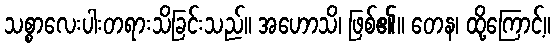
သစ္စာလေးပါးတရားသိခြင်းသည်။ အဟောသိ၊ ဖြစ်၏။ တေန၊ ထို့ကြောင့်။